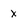
Character: x